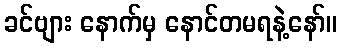
ခင်ဗျား နောက်မှ နောင်တမရနဲ့နော်။